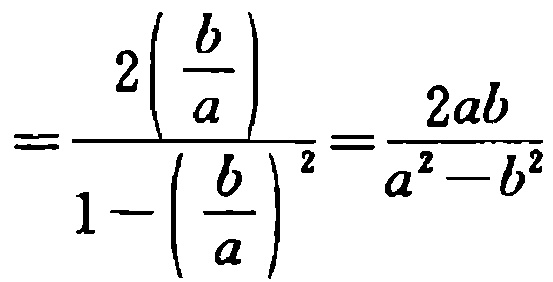
$=\frac{2\left(\frac{b}{a}\right)}{1 - \left(\frac{b}{a}\right)^2}=\frac{2ab}{a^{2}-b^{2}}$